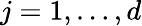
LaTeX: j=1,\ldots,d